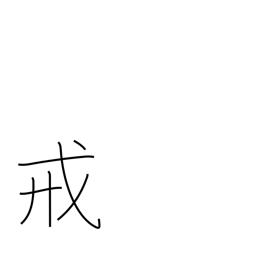
Meaning: commandment